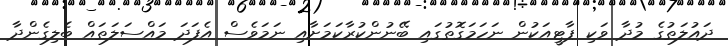
ދައުލަތުގެ މުދާ ވަކި ޕާޓީއަކުން ނަހަމަގޮތުގައި ބޭނުންކުރާކަމަށާއި ނަމަވެސް އެފަދަ މައްސަލަތައް ބެލިގެންދާ